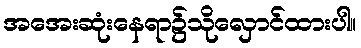
အအေးဆုံးနေရာ၌သိုလှောင်ထားပါ။